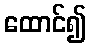
ထောင်၍